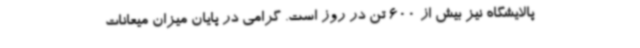
پالایشگاه نیز بیش از 600 تن در روز است. گرامی در پایان میزان میعانات